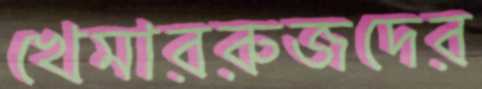
খেমাররুজদের